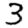
Digit: 3